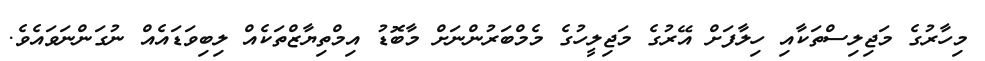
މިހާރުގެ މަޖިލިސްތަކާއި ހިލާފަށް އޭރުގެ މަޖިލީހުގެ މެމްބަރުންނަށް މާބޮޑު އިމްތިޔާޒްތަކެއް ލިބިވަޑައެއް ނުގަންނަވައެވެ.